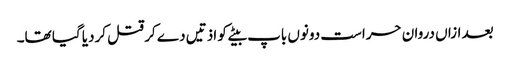
بعد ازاں دروان حراست دونوں باپ بیٹے کو اذتیں دے کر قتل کردیا گیا تھا۔